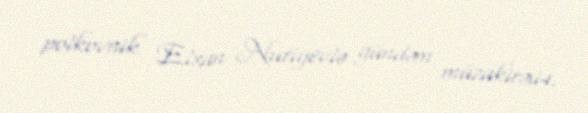
polkovnik Elxan Nuriyevlə gündəm müzakirəsi4.